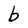
Character: b